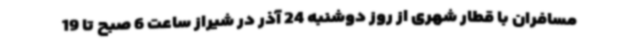
مسافران با قطار شهری از روز دوشنبه 24 آذر در شیراز ساعت 6 صبح تا 19